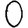
Digit: 0